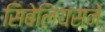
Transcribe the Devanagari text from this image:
सिबेलियसने